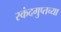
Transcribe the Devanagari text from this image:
स्कंदगुप्तच्या